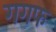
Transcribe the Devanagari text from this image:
गगफ